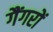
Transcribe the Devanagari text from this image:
गैंगरों